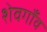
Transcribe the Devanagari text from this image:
शेवगाँव